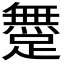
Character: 𨅐